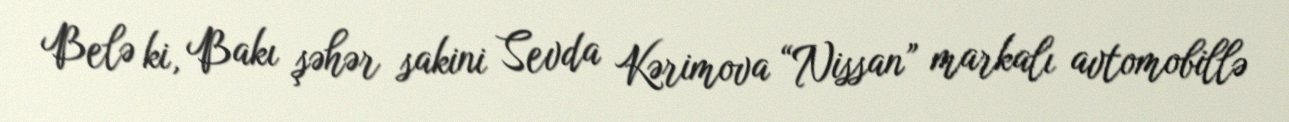
Belə ki, Bakı şəhər sakini Sevda Kərimova “Nissan” markalı avtomobillə